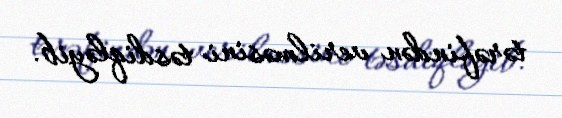
tərəfindən verilməsini təsdiqləyib.